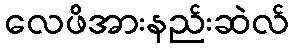
လေဖိအားနည်းဆဲလ်